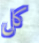
كل